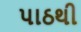
પાઠથી